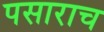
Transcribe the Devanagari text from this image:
पसाराच